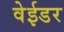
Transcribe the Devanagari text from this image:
वेईडर